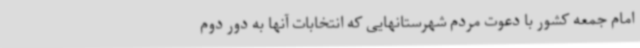
امام جمعه کشور با دعوت مردم شهرستانهایی که انتخابات آنها به دور دوم